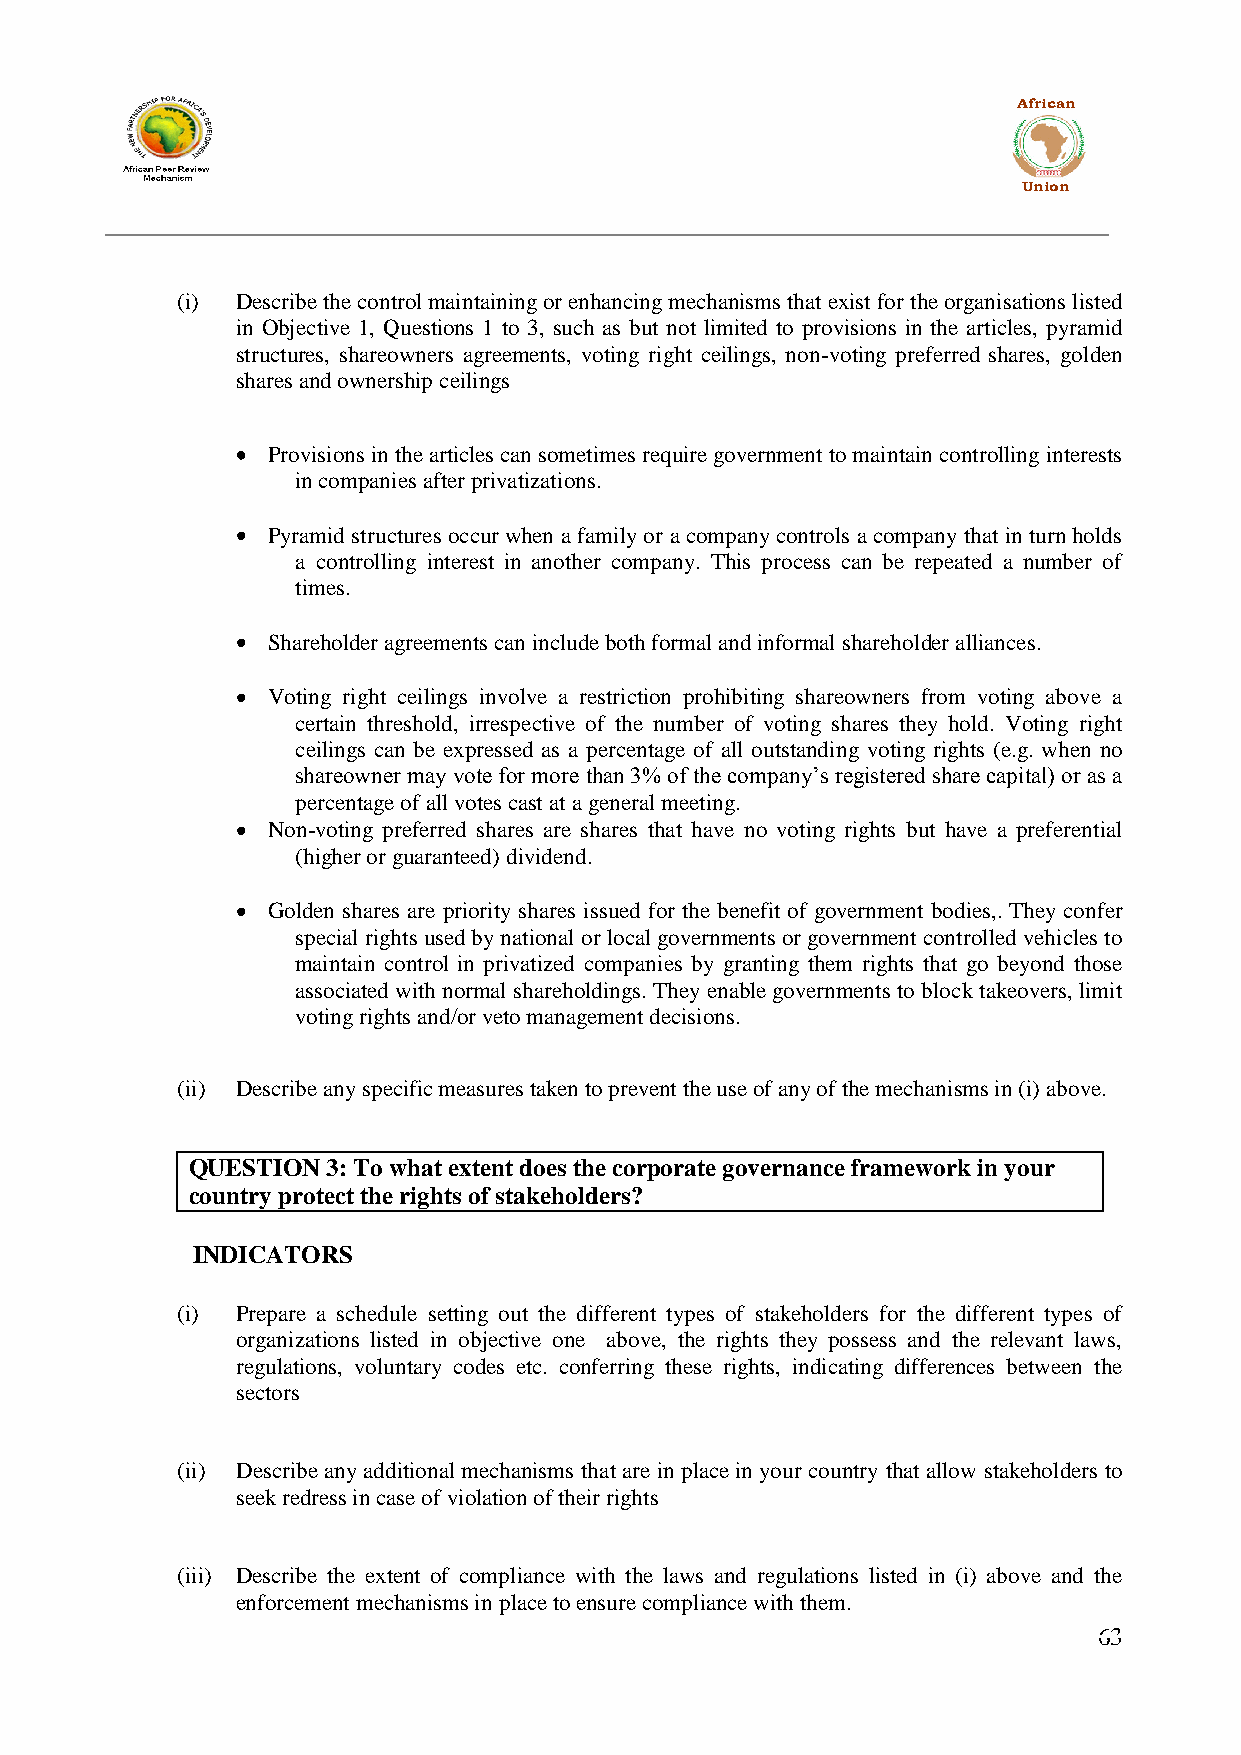
African
 Union
 (i) Describe the control maintaining or enhancing mechanisms that exist for the organisations listed
 in Objective 1, Questions 1 to 3, such as but not limited to provisions in the articles, pyramid
 structures, shareowners agreements, voting right ceilings, non-voting preferred shares, golden
 shares and ownership ceilings
 Provisions in the articles can sometimes require government to maintain controlling interests
 in companies after privatizations.
 Pyramid structures occur when a family or a company controls a company that in turn holds
 a controlling interest in another company. This process can be repeated a number of
 times.
 Shareholder agreements can include both formal and informal shareholder alliances.
 Voting right ceilings involve a restriction prohibiting shareowners from voting above a
 certain threshold, irrespective of the number of voting shares they hold. Voting right
 ceilings can be expressed as a percentage of all outstanding voting rights (e.g. when no
 shareowner may vote for more than 3% of the company‟s registered share capital) or as a
 percentage of all votes cast at a general meeting.
 Non-voting preferred shares are shares that have no voting rights but have a preferential
 (higher or guaranteed) dividend.
 Golden shares are priority shares issued for the benefit of government bodies,. They confer
 special rights used by national or local governments or government controlled vehicles to
 maintain control in privatized companies by granting them rights that go beyond those
 associated with normal shareholdings. They enable governments to block takeovers, limit
 voting rights and/or veto management decisions.
 (ii) Describe any specific measures taken to prevent the use of any of the mechanisms in (i) above.
 QUESTION  3: To what extent does the corporate governance framework in your
 country protect the rights of stakeholders?
 INDICATORS
 (i) Prepare a schedule setting out the different types of stakeholders for the different types of
 organizations listed in objective one above, the rights they possess and the relevant laws,
 regulations, voluntary codes etc. conferring these rights, indicating differences between the
 sectors
 (ii) Describe any additional mechanisms that are in place in your country that allow stakeholders to
 seek redress in case of violation of their rights
 (iii) Describe the extent of compliance with the laws and regulations listed in (i) above and the
 enforcement mechanisms in place to ensure compliance with them.
 63